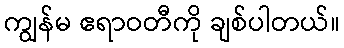
ကျွန်မ ဧရာဝတီကို ချစ်ပါတယ်။